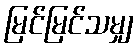
မြင်မြင်သမျှ